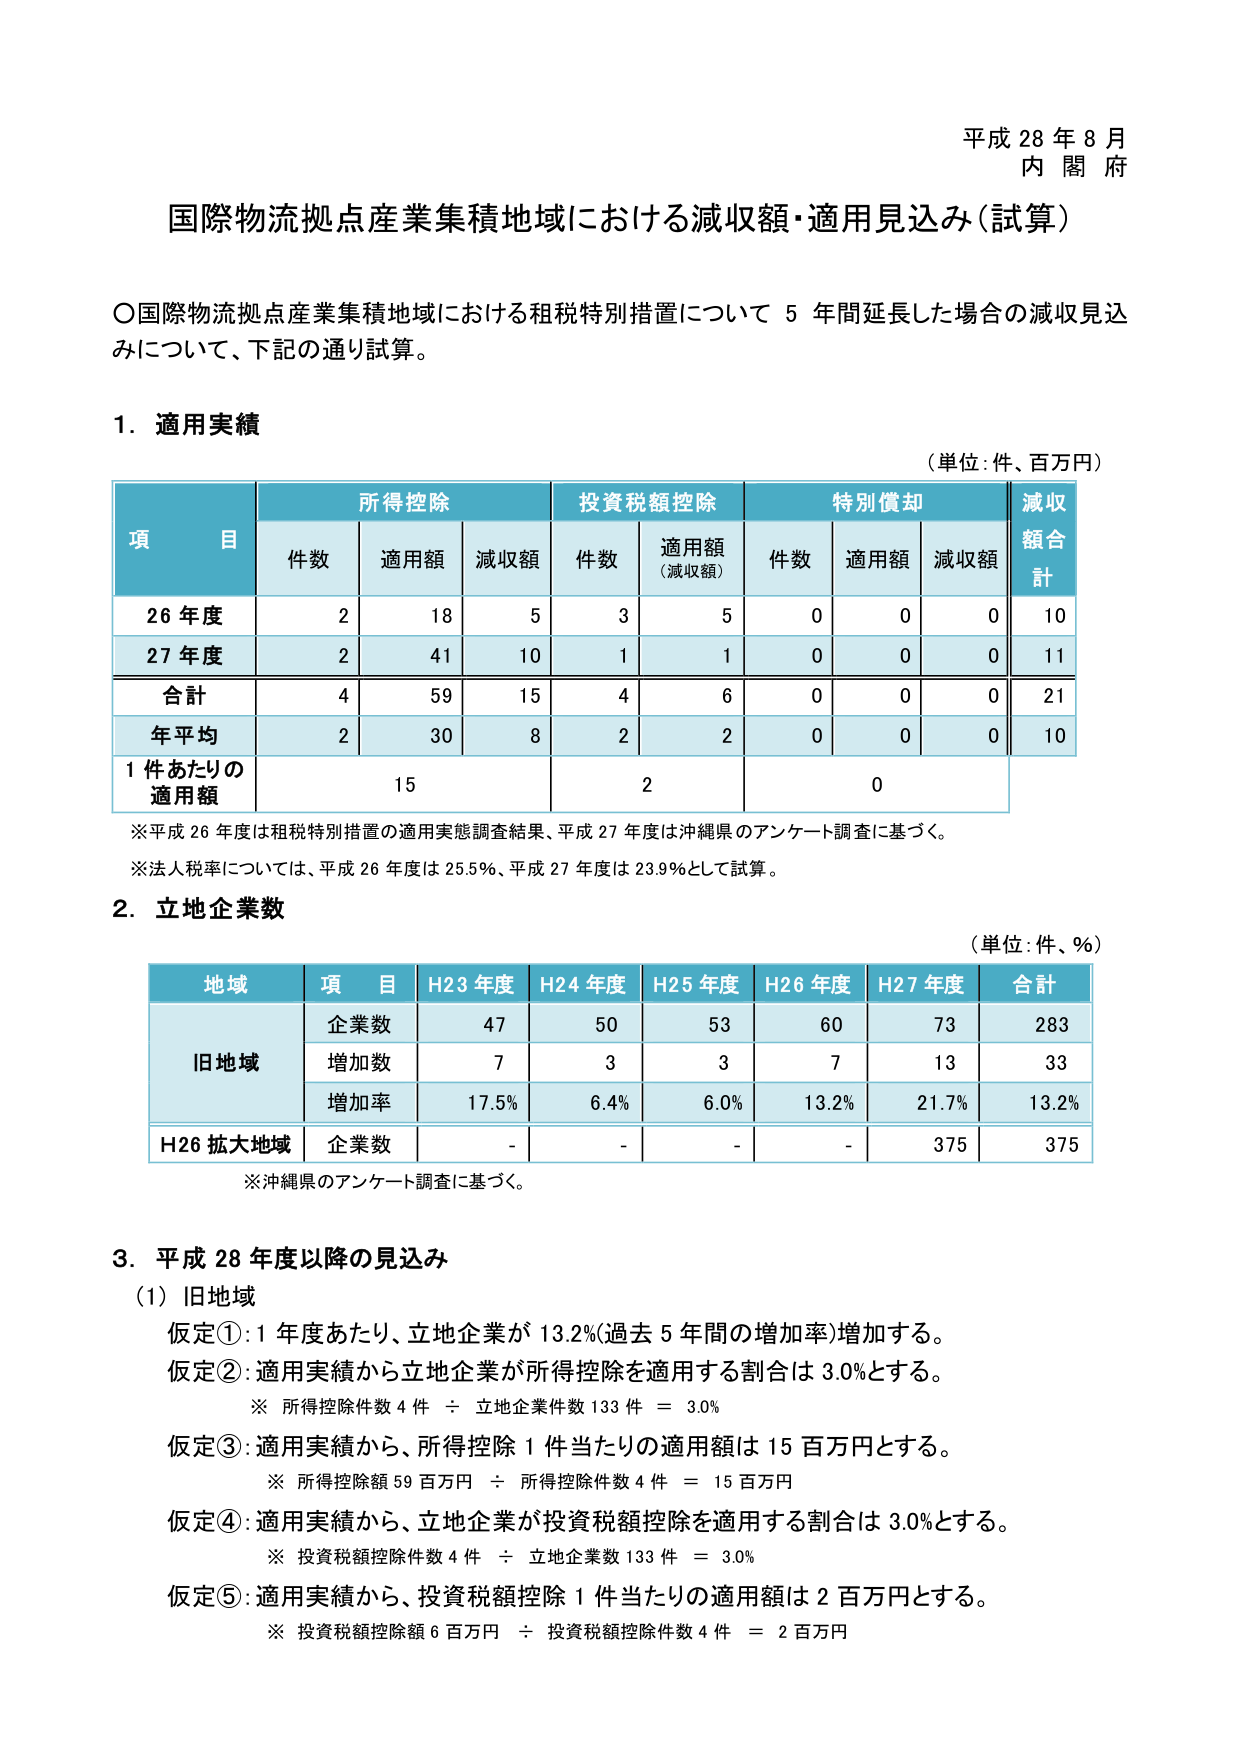
平成 28 年 8 月
内 閣 府

国際物流拠点産業集積地域における減収額・適用見込み（試算）

〇国際物流拠点産業集積地域における租税特別措置について 5 年間延長した場合の減収見込みについて、下記の通り試算。

1. 適用実績
（単位：件、百万円）

| 項 目 | 所得控除 | 投資税額控除 | 特別償却 | 減収額合計 |
|---|---|---|---|---|
| | 件数 | 適用額 | 減収額 | 件数 | 適用額（減収額） | 件数 | 適用額 | 減収額 | |
| 26 年度 | 2 | 18 | 5 | 3 | 5 | 0 | 0 | 0 | 10 |
| 27 年度 | 2 | 41 | 10 | 1 | 1 | 0 | 0 | 0 | 11 |
| 合計 | 4 | 59 | 15 | 4 | 6 | 0 | 0 | 0 | 21 |
| 年平均 | 2 | 30 | 8 | 2 | 2 | 0 | 0 | 0 | 10 |
| 1 件あたりの適用額 | | 15 | | 2 | | 0 | | | |

※平成 26 年度は租税特別措置の適用実態調査結果、平成 27 年度は沖縄県のアンケート調査に基づく。
※法人税率については、平成 26 年度は 25.5%、平成 27 年度は 23.9%として試算。

2. 立地企業数
（単位：件、%）

| 地域 | 項 目 | H23 年度 | H24 年度 | H25 年度 | H26 年度 | H27 年度 | 合計 |
|---|---|---|---|---|---|---|---|
| 旧地域 | 企業数 | 47 | 50 | 53 | 60 | 73 | 283 |
| | 増加数 | 7 | 3 | 3 | 7 | 13 | 33 |
| | 増加率 | 17.5% | 6.4% | 6.0% | 13.2% | 21.7% | 13.2% |
| H26 拡大地域 | 企業数 | - | - | - | - | 375 | 375 |

※沖縄県のアンケート調査に基づく。

3. 平成 28 年度以降の見込み
（1）旧地域
仮定①：1 年度あたり、立地企業が 13.2%（過去 5 年間の増加率）増加する。
仮定②：適用実績から立地企業が所得控除を適用する割合は 3.0%とする。
　※ 所得控除件数 4 件 ÷ 立地企業件数 133 件 ＝ 3.0%
仮定③：適用実績から、所得控除 1 件当たりの適用額は 15 百万円とする。
　※ 所得控除額 59 百万円 ÷ 所得控除件数 4 件 ＝ 15 百万円
仮定④：適用実績から、立地企業が投資税額控除を適用する割合は 3.0%とする。
　※ 投資税額控除件数 4 件 ÷ 立地企業数 133 件 ＝ 3.0%
仮定⑤：適用実績から、投資税額控除 1 件当たりの適用額は 2 百万円とする。
　※ 投資税額控除額 6 百万円 ÷ 投資税額控除件数 4 件 ＝ 2 百万円